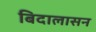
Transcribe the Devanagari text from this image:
बिदालासन